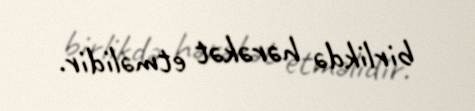
birlikdə hərəkət etməlidir.